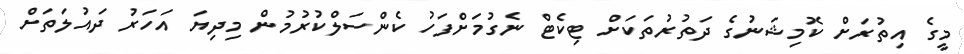
މީގެ އިތުރަށް ކޮމިޝަނުގެ ދަތުރުތަކަށް ޓިކެޓް ނެގުމަށްފަހު ކެންސަލްކުރުމުން މިދިޔަ އަހަރު ދައުލަތަށް